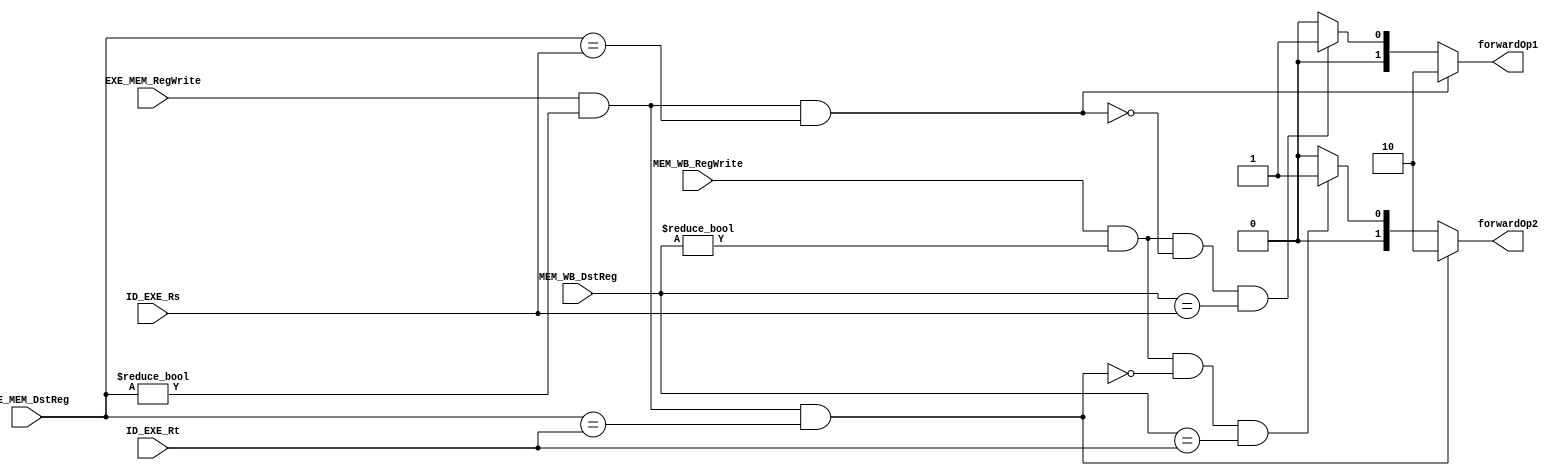
module ForwardingUnit (forwardOp1, forwardOp2, ID_EXE_Rs, ID_EXE_Rt, EXE_MEM_DstReg, EXE_MEM_RegWrite, MEM_WB_DstReg, MEM_WB_RegWrite);

//input
	input [4:0] ID_EXE_Rs, ID_EXE_Rt, EXE_MEM_DstReg, MEM_WB_DstReg;
	input EXE_MEM_RegWrite, MEM_WB_RegWrite;
	
//output
	output reg [1:0] forwardOp1, forwardOp2;
	
	initial
		begin
			forwardOp1 <= 2'b0;
			forwardOp2 <= 2'b0;
		end
	always @(*) begin
		
// ALU-ALU forwarding conditions for Op1
		if(EXE_MEM_RegWrite && (EXE_MEM_DstReg != 4'b0) &&(EXE_MEM_DstReg == ID_EXE_Rs)) begin
			forwardOp1 <= 2'b10; end
			
// MEM-ALU forwarding conditions for Op1			
		else if(MEM_WB_RegWrite && (MEM_WB_DstReg != 4'b0) &&
		~(EXE_MEM_RegWrite && (EXE_MEM_DstReg != 4'b0) &&(EXE_MEM_DstReg == ID_EXE_Rs))&& MEM_WB_DstReg == ID_EXE_Rs) begin
			forwardOp1 <= 2'b01; end
		
		else forwardOp1 <= 2'b00;
			
		
// ALU-ALU forwarding conditions for Op2
		if(EXE_MEM_RegWrite && (EXE_MEM_DstReg != 4'b0) &&(EXE_MEM_DstReg == ID_EXE_Rt)) begin
			forwardOp2 <= 2'b10;  end
			
// MEM-ALU forwarding conditions for Op2
		else if(MEM_WB_RegWrite && (MEM_WB_DstReg != 4'b0) &&
		~(EXE_MEM_RegWrite && (EXE_MEM_DstReg != 4'b0) &&(EXE_MEM_DstReg == ID_EXE_Rt)) && MEM_WB_DstReg == ID_EXE_Rt) begin
			forwardOp2 <= 2'b01;  end
			
		else forwardOp2 <= 2'b00;
			
	end

endmodule